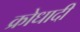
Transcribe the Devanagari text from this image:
क्रोधादी